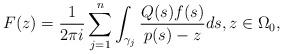
LaTeX: \begin{align*}F(z)=\dfrac{1}{2\pi i }\sum_{j=1}^n\int_{\gamma_j}\dfrac {Q(s)f(s)}{p(s)-z}ds,z\in \Omega_0,\end{align*}